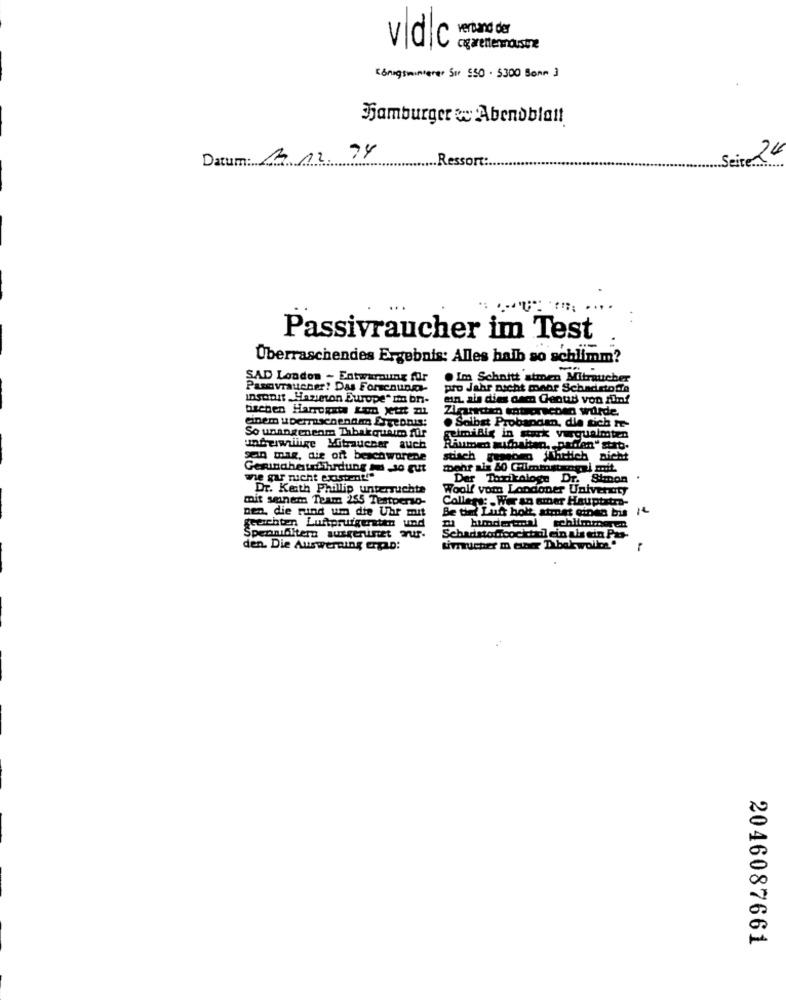
verband der
v|dlc
Königswinterer Sur S50 . 5300 Sonn 3
Hamburger w Abendblatt
Datum: 1.12.74
.. Ressort:
24
Passivraucher im Test
Überraschendes Ergebnis: Alles halb so schlimm?
SAD London - Entwarnung für
.Im Schnitt stmen Mitraucher
Pangvraucher? Das Forschung-
pro Jahr nicht mehr Schadstoffe
Insoon Hazieton Europe" ma bni-
ein. als dies cem Genud von fünf
tischen Harrogate Lon jetzt zil
einem uDeirschenam Ergebnis:
. Selbst Probanden, die sich tr-
So unangeneom Thbak queimo für
guimilig in stock vuqualmten
unguiwnilige Mitraucher auch
Riumen mumbaitan. paden" strt.
san mag, die oft beschworene
stisch gaseosa jthelich nicht
GeringhetafShardung qui -30 gut
we gar nicht existent!"
Der Toxikologe Dr.
Simon
Dr. Keith Phillip untersuchte
Woolf vom Londoner Univerzity
mit seinem Team 255 Testperso-
Callers: . Wer an amar Hauptstra-
Den, die rund um die Uhr mit
Be ting Lug holt atmet ginen bis
geeichten Luftprufgeraten und
Spenmiditern ausgerlinet Tur.
Schadstoffcocktail ein als ein Pas-
den. Die Auswerning erpo:
2046087661